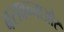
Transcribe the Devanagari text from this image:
बसवन्नाऔर